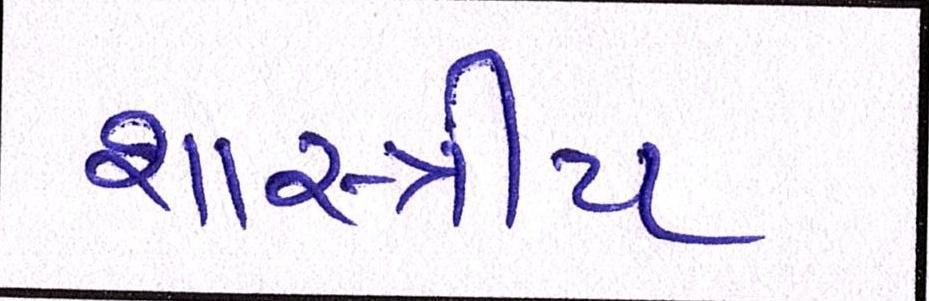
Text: શાસ્ત્રીય